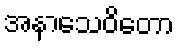
အနာသေဝိတော